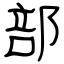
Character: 部